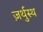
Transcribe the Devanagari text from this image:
ज़र्थुस्थ